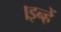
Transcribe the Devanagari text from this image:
।इन्हें